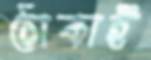
ঠোকাই